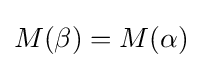
M(\beta )=M(\alpha )